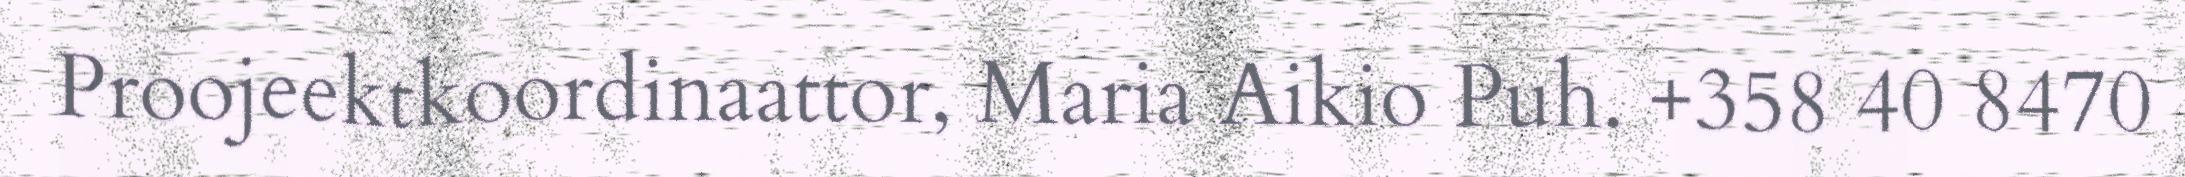
Proojeektkoordinaattor, Maria Aikio Puh. +358 40 8470